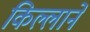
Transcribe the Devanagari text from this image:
किल्लार्ने